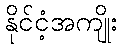
နိုင်ငံ့အကျိုး